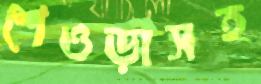
শেওড়াসহ